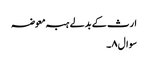
ارث کے بدلے ہبہ معوضہ
سوال۸۔